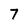
Character: 7